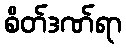
စိတ်ဒဏ်ရာ